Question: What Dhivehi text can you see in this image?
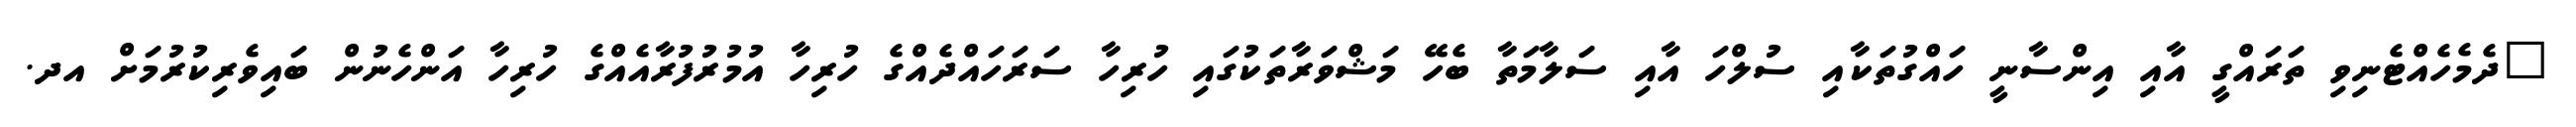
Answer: "ދެމެހެއްޓެނިވި ތަރައްގީ އާއި އިންސާނީ ހައްގުތަކާއި ސުލްހަ އާއި ސަލާމަތާ ބެހޭ މަޝްވަރާތަކުގައި ހުރިހާ ސަރަހައްދެއްގެ ހުރިހާ އުމުރުފުރާއެއްގެ ހުރިހާ އަންހެނުން ބައިވެރިކުރުމަށް އދ.